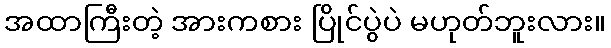
အထာကြီးတဲ့ အားကစား ပြိုင်ပွဲပဲ မဟုတ်ဘူးလား။